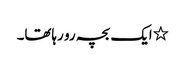
٭ایک بچہ رو رہاتھا۔